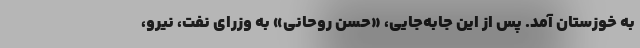
به خوزستان آمد. پس از این جابه‌جایی، «حسن روحانی» به وزرای نفت، نیرو،